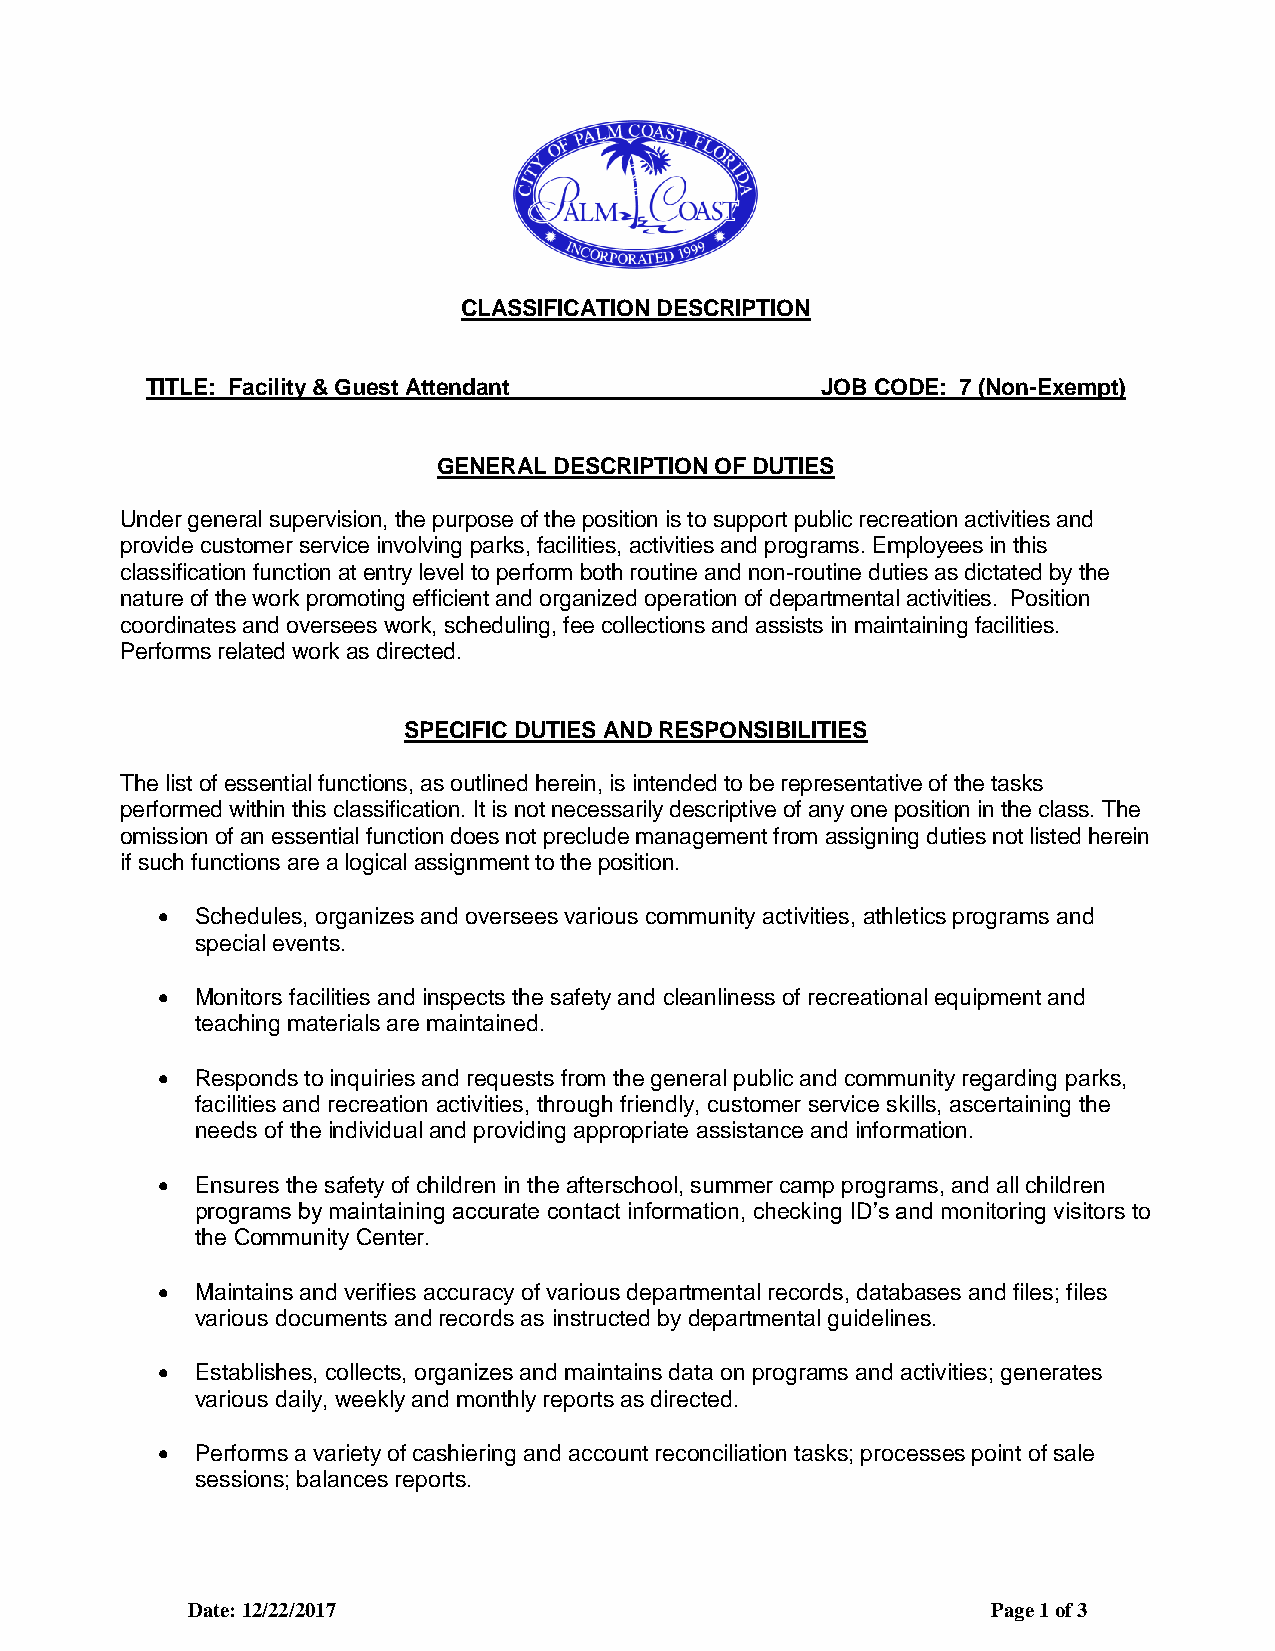
CLASSIFICATION DESCRIPTION
 TITLE: Facility & Guest Attendant           JOB CODE: 7 (Non-Exempt)
 GENERAL DESCRIPTION OF DUTIES
 Under general supervision, the purpose of the position is to support public recreation activities and
 provide customer service involving parks, facilities, activities and programs. Employees in this
 classification function at entry level to perform both routine and non-routine duties as dictated by the
 nature of the work promoting efficient and organized operation of departmental activities. Position
 coordinates and oversees work, scheduling, fee collections and assists in maintaining facilities.
 Performs related work as directed.
 SPECIFIC DUTIES AND RESPONSIBILITIES
 The list of essential functions, as outlined herein, is intended to be representative of the tasks
 performed within this classification. It is not necessarily descriptive of any one position in the class. The
 omission of an essential function does not preclude management from assigning duties not listed herein
 if such functions are a logical assignment to the position.
   Schedules, organizes and oversees various community activities, athletics programs and
 special events.
   Monitors facilities and inspects the safety and cleanliness of recreational equipment and
 teaching materials are maintained.
   Responds to inquiries and requests from the general public and community regarding parks,
 facilities and recreation activities, through friendly, customer service skills, ascertaining the
 needs of the individual and providing appropriate assistance and information.
   Ensures the safety of children in the afterschool, summer camp programs, and all children
 programs by maintaining accurate contact information, checking ID’s and monitoring visitors to
 the Community Center.
   Maintains and verifies accuracy of various departmental records, databases and files; files
 various documents and records as instructed by departmental guidelines.
   Establishes, collects, organizes and maintains data on programs and activities; generates
 various daily, weekly and monthly reports as directed.
   Performs a variety of cashiering and account reconciliation tasks; processes point of sale
 sessions; balances reports.
 Date: 12/22/2017                                      Page 1 of 3